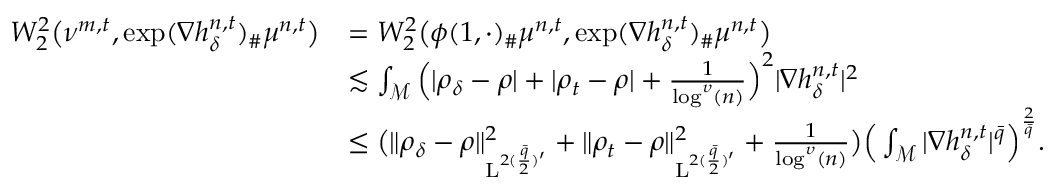
\begin{array} { r l } { W _ { 2 } ^ { 2 } \big ( \nu ^ { m , t } , \exp ( \nabla h _ { \delta } ^ { n , t } ) _ { \# } \mu ^ { n , t } \big ) } & { = W _ { 2 } ^ { 2 } \big ( \phi ( 1 , \cdot ) _ { \# } \mu ^ { n , t } , \exp ( \nabla h _ { \delta } ^ { n , t } ) _ { \# } \mu ^ { n , t } \big ) } \\ & { \lesssim \int _ { \mathcal { M } } \Big ( \vert \rho _ { \delta } - \rho \vert + \vert \rho _ { t } - \rho \vert + \frac { 1 } { \log ^ { \upsilon } ( n ) } \Big ) ^ { 2 } \vert \nabla h _ { \delta } ^ { n , t } \vert ^ { 2 } } \\ & { \leq \big ( \| \rho _ { \delta } - \rho \| _ { \mathrm { L } ^ { 2 ( \frac { \bar { q } } { 2 } ) ^ { \prime } } } ^ { 2 } + \| \rho _ { t } - \rho \| _ { \mathrm { L } ^ { 2 ( \frac { \bar { q } } { 2 } ) ^ { \prime } } } ^ { 2 } + \frac { 1 } { \log ^ { \upsilon } ( n ) } \big ) \Big ( \int _ { \mathcal { M } } \vert \nabla h _ { \delta } ^ { n , t } \vert ^ { \bar { q } } \Big ) ^ { \frac { 2 } { \bar { q } } } . } \end{array}